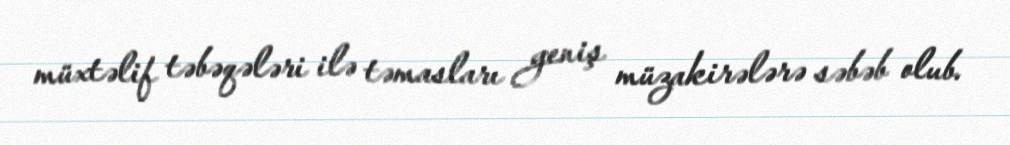
müxtəlif təbəqələri ilə təmasları geniş müzakirələrə səbəb olub.